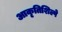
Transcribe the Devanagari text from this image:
आकृतिशिल्पे